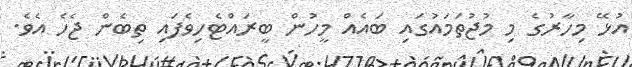
އުޅޭ މިހާރުގެ މި މުޖުތަމައުގައި ބައެއް މީހުން ބީރައްޓެހިވެފައި ތިބެން ޖެހެ އެވެ.